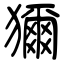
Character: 獮